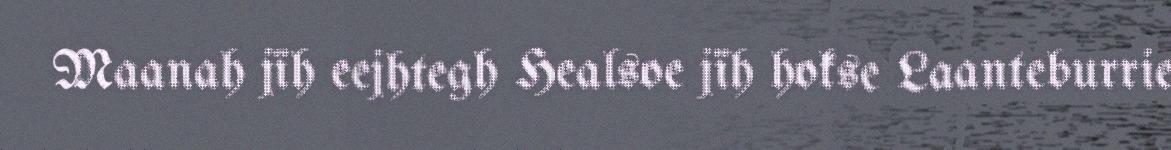
Maanah jïh eejhtegh Healsoe jïh hokse Laanteburrie